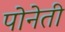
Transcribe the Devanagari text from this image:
पोनेती